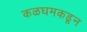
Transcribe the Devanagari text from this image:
कळघमकडून